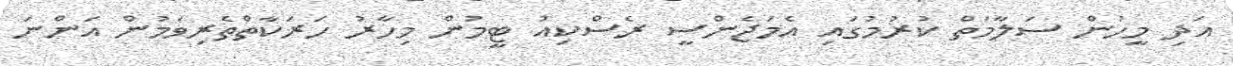
އަދި މީހުން ސަލާމަތް ކުރުމުގައި އެމަޖެންސީ ރެސްކިއު ޓީމުން މިހާރު ހަރަކާތްތެރިވަމުން އަންނަ